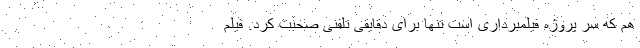
هم که سر پروژه فیلمبرداری است تنها برای دقایقی تلفنی صحبت کرد. فیلم